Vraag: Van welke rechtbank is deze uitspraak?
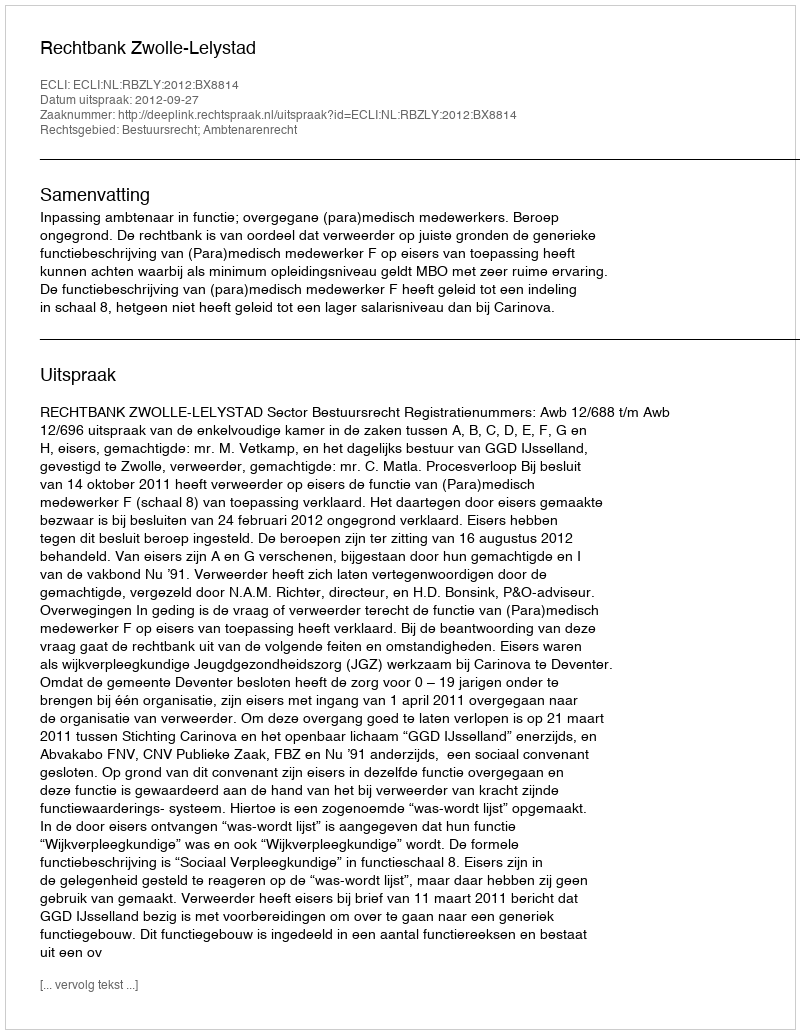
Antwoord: Rechtbank Zwolle-Lelystad